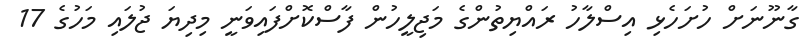
ގާނޫނަށް ހުށަހެޅި އިސްލާހު ރައްޔިތުންގެ މަޖިލީހުން ފާސްކޮށްފައިވަނީ މިދިޔަ ޖުލައި މަހުގެ 17